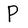
Character: P